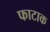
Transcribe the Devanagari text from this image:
फाटाक